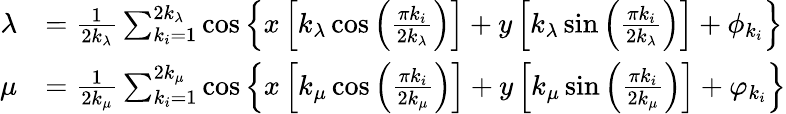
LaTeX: \begin{array}{rl}{\lambda}&{=\frac{1}{2k_{\lambda}}\sum_{k_{i}=1}^{2k_{\lambda}}\cos\left\{ x\left[k_{\lambda}\cos\left(\frac{\pi k_{i}}{2k_{\lambda}}\right)\right]+y\left[k_{\lambda}\sin\left(\frac{\pi k_{i}}{2k_{\lambda}}\right)\right]+\phi_{k_{i}}\right\} }\\ {\mu}&{=\frac{1}{2k_{\mu}}\sum_{k_{i}=1}^{2k_{\mu}}\cos\left\{ x\left[k_{\mu}\cos\left(\frac{\pi k_{i}}{2k_{\mu}}\right)\right]+y\left[k_{\mu}\sin\left(\frac{\pi k_{i}}{2k_{\mu}}\right)\right]+\varphi_{k_{i}}\right\} }\end{array}